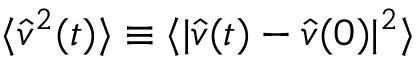
\langle \hat { v } ^ { 2 } ( t ) \rangle \equiv \langle | \hat { v } ( t ) - \hat { v } ( 0 ) | ^ { 2 } \rangle